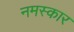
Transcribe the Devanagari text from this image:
नमस्कार